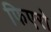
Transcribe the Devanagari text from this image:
फिएरो